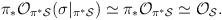
LaTeX: \begin{align*}\pi_*{\cal O}_{\pi^* {\cal S}}(\sigma|_{\pi^* {\cal S}})\simeq\pi_{*} {\cal O}_{\pi^* {\cal S}} \simeq{\cal O}_{{\cal S}}.\end{align*}